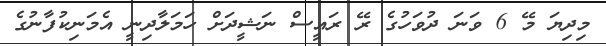
މިދިޔަ މޭ 6 ވަނަ ދުވަހުގެ ރޭ ރައީސް ނަޝީދަށް ހަމަލާދިނީ އެމަނިކުފާނުގެ